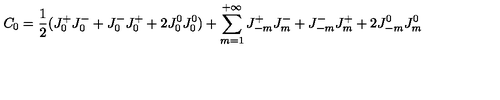
C _ { 0 } = \frac { 1 } { 2 } ( J _ { 0 } ^ { + } J _ { 0 } ^ { - } + J _ { 0 } ^ { - } J _ { 0 } ^ { + } + 2 J _ { 0 } ^ { 0 } J _ { 0 } ^ { 0 } ) + \sum _ { m = 1 } ^ { + \infty } J _ { - m } ^ { + } J _ { m } ^ { - } + J _ { - m } ^ { - } J _ { m } ^ { + } + 2 J _ { - m } ^ { 0 } J _ { m } ^ { 0 }